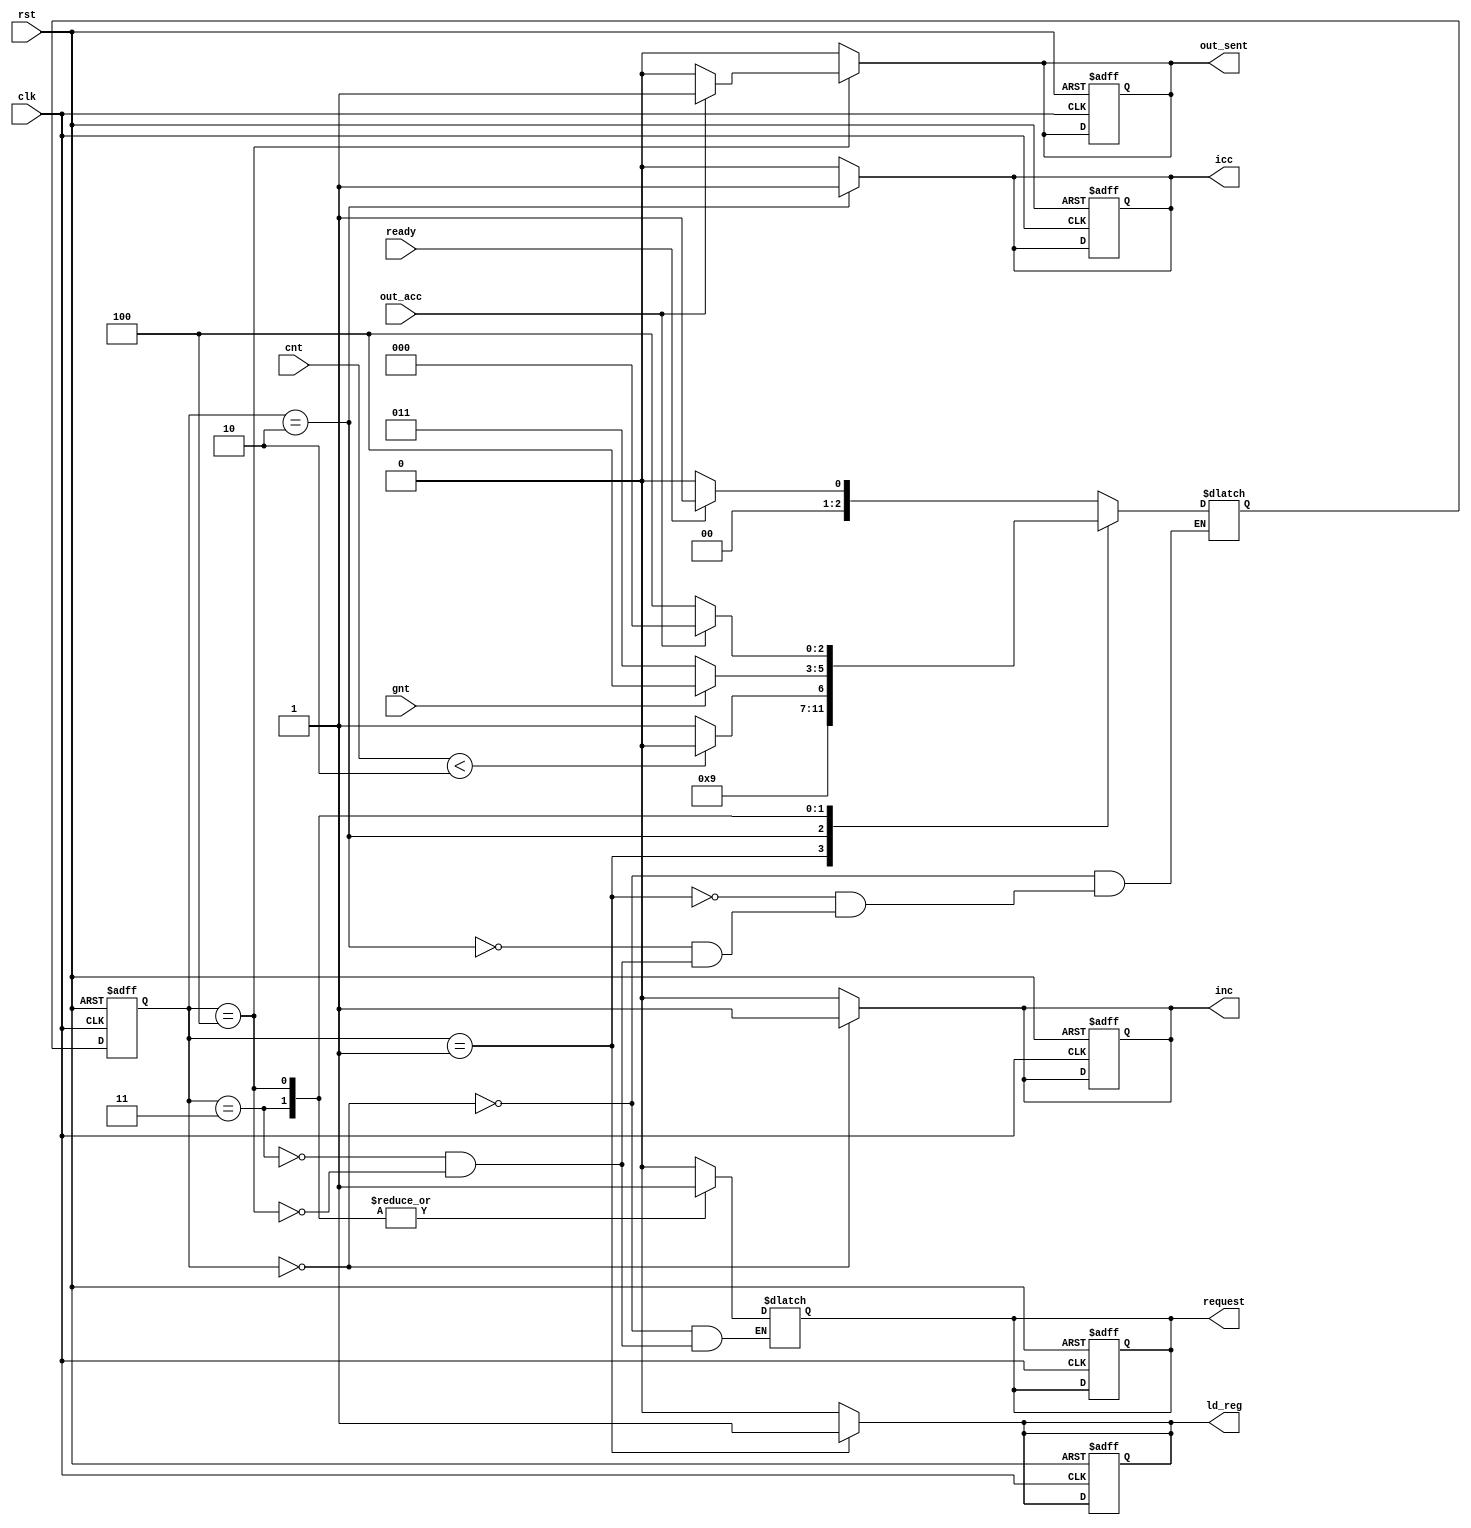
module output_wrapper_cntrlr(input clk,rst,gnt,ready,cnt,out_acc,output reg inc,ld_reg,icc,request,out_sent);
    reg[2:0] ps,ns;
    parameter[2:0] idle = 3'b000,get_data=3'b001,counting=3'b010,send_request=3'b011,ready_to_acc=3'b100;
    always@(posedge clk,posedge rst) begin
        if (rst) begin
            ps <= idle; inc<=0; icc<=0; ld_reg <= 0; request <= 0; out_sent<=1;
        end
        else ps <= ns;
    end
    always@(ps,gnt,ready,cnt,out_acc) begin
        inc=0; ld_reg=0; icc=0;out_sent=0;
        case(ps)
            idle: begin
                request=0;
                inc=1;
                ns = ready ? get_data : idle;
            end
            get_data: begin
                ld_reg=1;
                ns = counting;
            end
            counting: begin
                icc=1;
                ns = cnt < 2 ? counting : send_request;
            end
            send_request: begin
                request = 1;
                ns = gnt ? ready_to_acc : send_request;
            end
            ready_to_acc: begin 
                ns = out_acc ? idle : ready_to_acc;
                request=1;
                if (out_acc) out_sent=1;
            end
        endcase
    end
endmodule